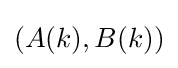
\left(A(k),B(k)\right)